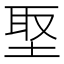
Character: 埾